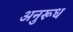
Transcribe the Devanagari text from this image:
अनुरूध